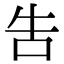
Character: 吿